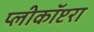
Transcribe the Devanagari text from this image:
प्लीकॉप्टरा